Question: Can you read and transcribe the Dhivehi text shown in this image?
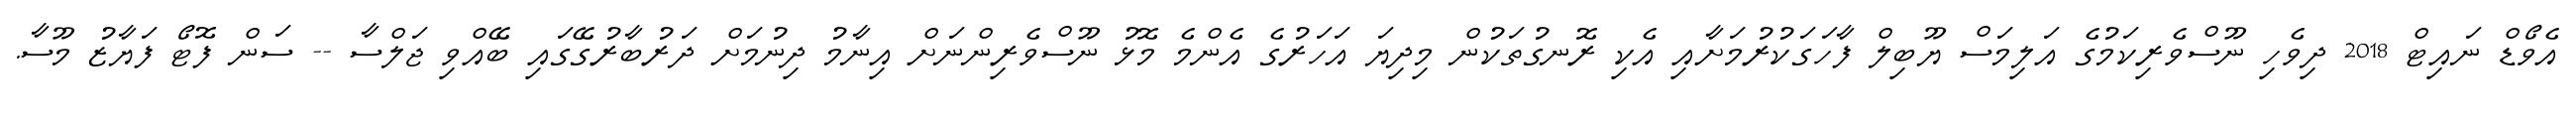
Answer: އެވޯޑް ނައިޓް 2018 ދިވެހި ނޫސްވެރިކަމުގެ އަލިމަސް ޔޫބިލް ފާހަގަކުރުމަށާއި އެކި ރޮނގުތަކުން މިދިޔަ އަހަރުގެ އެންމެ މޮޅު ނޫސްވެރިންނަށް އިނާމު ދިނުމަށް ދަރުބާރުގޭގައި ބޭއްވި ޖަލްސާ -- ސަން ފޮޓޯ ފަޔާޒު މޫސާ.